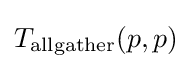
T_{\text{allgather}}(p,p)